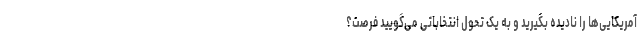
آمریکایی‌ها را نادیده بگیرید و به یک تحول انتخاباتی می‌گویید فرصت؟